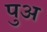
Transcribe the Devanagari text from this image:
पुअ